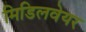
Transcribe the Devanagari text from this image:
मिडिलवेयर